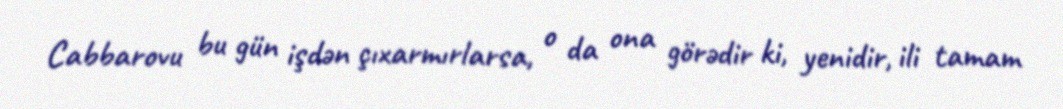
Cabbarovu bu gün işdən çıxarmırlarsa, o da ona görədir ki, yenidir, ili tamam